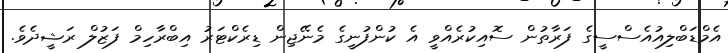
އެމްޑަބްލިއުއެސްސީގެ ފަރާތުން ސޮއިކުރެއްވީ އެ ކުންފުނީގެ މެނޭޖިން ޑިރެކްޓަރު އިބްރާހިމް ފަޒުލް ރަޝީދެވެ.